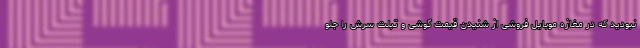
نبودید که در مغازه موبایل فروشی از شنیدن قیمت گوشی و تبلت سرش را جلو